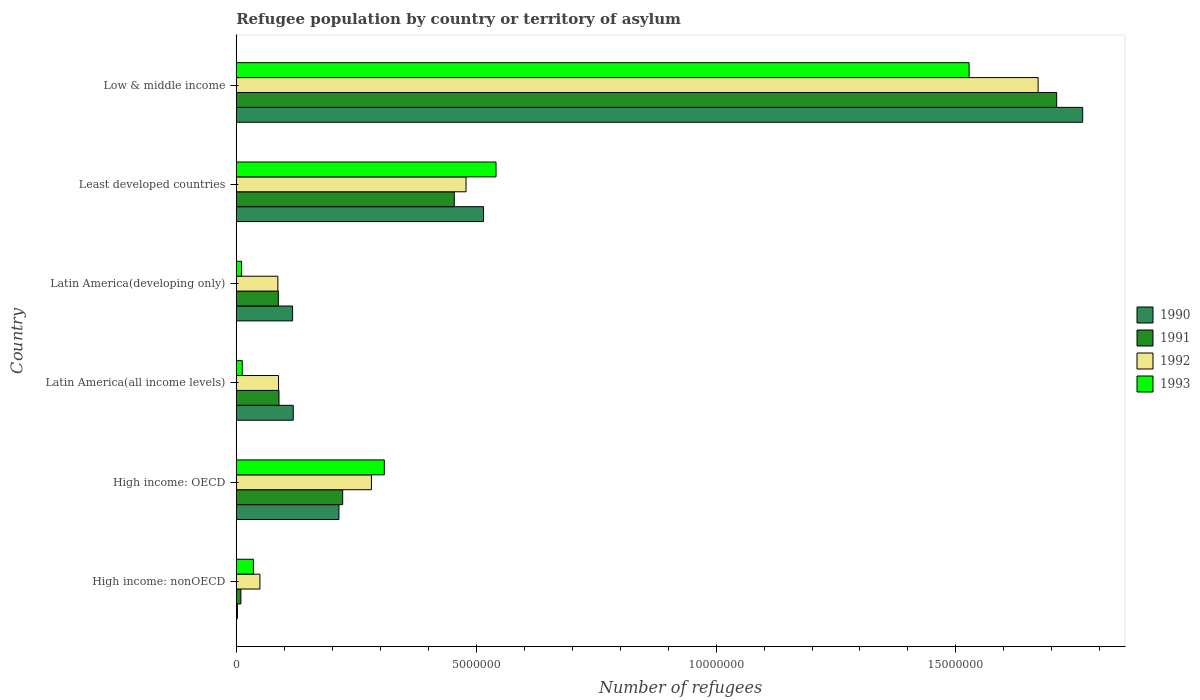
| Country | 1990 | 1991 | 1992 | 1993 |
 | --- | --- | --- | --- | --- |
 | High income: nonOECD | 2.39e+04 | 9.69e+04 | 4.93e+05 | 3.58e+05 |
 | High income: OECD | 2.14e+06 | 2.22e+06 | 2.82e+06 | 3.09e+06 |
 | Latin America(all income levels) | 1.19e+06 | 8.91e+05 | 8.82e+05 | 1.25e+05 |
 | Latin America(developing only) | 1.17e+06 | 8.78e+05 | 8.67e+05 | 1.11e+05 |
 | Least developed countries | 5.15e+06 | 4.54e+06 | 4.79e+06 | 5.41e+06 |
 | Low & middle income | 1.76e+07 | 1.71e+07 | 1.67e+07 | 1.53e+07 |